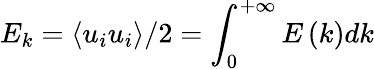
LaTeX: E_{k}=\left\langle{{u_{i}}{u_{i}}}\right\rangle/2=\int_{0}^{+\infty}{E\left(k\right)dk}